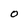
Character: 0